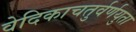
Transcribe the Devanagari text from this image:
वेदिकाचतुर्वर्णयुता